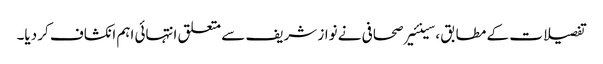
تفصیلات کے مطابق ،سینئیر صحافی نے نواز شریف سے متعلق انتہائی اہم انکشاف کر دیا۔